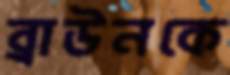
ব্রাউনকে